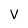
Character: V